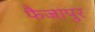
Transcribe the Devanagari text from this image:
फैजापुर